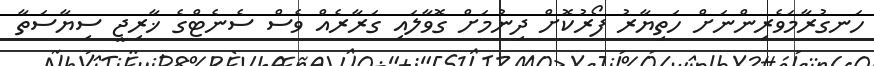
ހަނގުރާމަވެރިންނަށް ހަތިޔާރު ފޯރުކޮށް ދިނުމަށް ގޮވާލައި ގަރާރެއް ވެސް ސެނެޓްގެ ޚާރިޖީ ސިޔާސަތާ